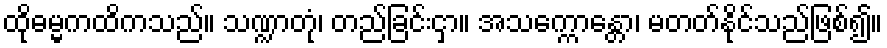
ထိုဓမ္မကထိကသည်။ သဏ္ဍာတုံ၊ တည်ခြင်းငှာ။ အသက္ကောန္တော၊ မတတ်နိုင်သည်ဖြစ်၍။